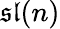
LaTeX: {\mathfrak{sl}}(n)